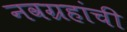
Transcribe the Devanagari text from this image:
नवग्रहांची